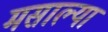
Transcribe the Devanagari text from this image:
मसाल्यां